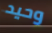
وحيد